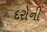
દરોની